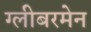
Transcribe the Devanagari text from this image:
ग्लीबरमेन